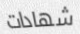
شهادات